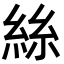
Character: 絲